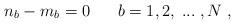
LaTeX: \begin{align*}n_b - m_b = 0 \; \; \; \; \; \; b = 1,2, \; ... \; , N \; ,\end{align*}